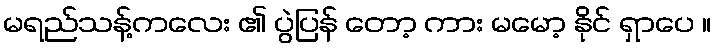
မရည်သန့်ကလေး ၏ ပွဲပြန် တော့ ကား မမော့ နိုင် ရှာပေ ။